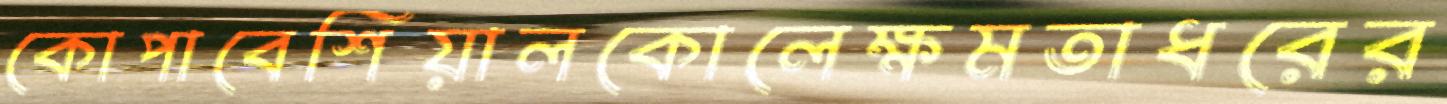
কোপাবেশিয়ালকোলেক্ষমতাধরের